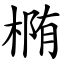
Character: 椭